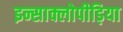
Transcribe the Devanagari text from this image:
इन्साक्लोपीड़िया